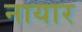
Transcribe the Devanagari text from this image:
नायार